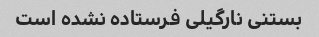
بستنی نارگیلی فرستاده نشده است